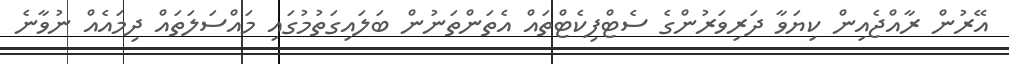
އޭރުން ރާއްޖެއިން ކިޔަވާ ދަރިވަރުންގެ ސެޓްފިކެޓްތައް އެތަންތަނުން ބަލައިގަތުމުގައި މައްސަލަތައް ދިމައެއް ނުވާނެ